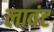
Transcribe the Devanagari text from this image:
लावंट